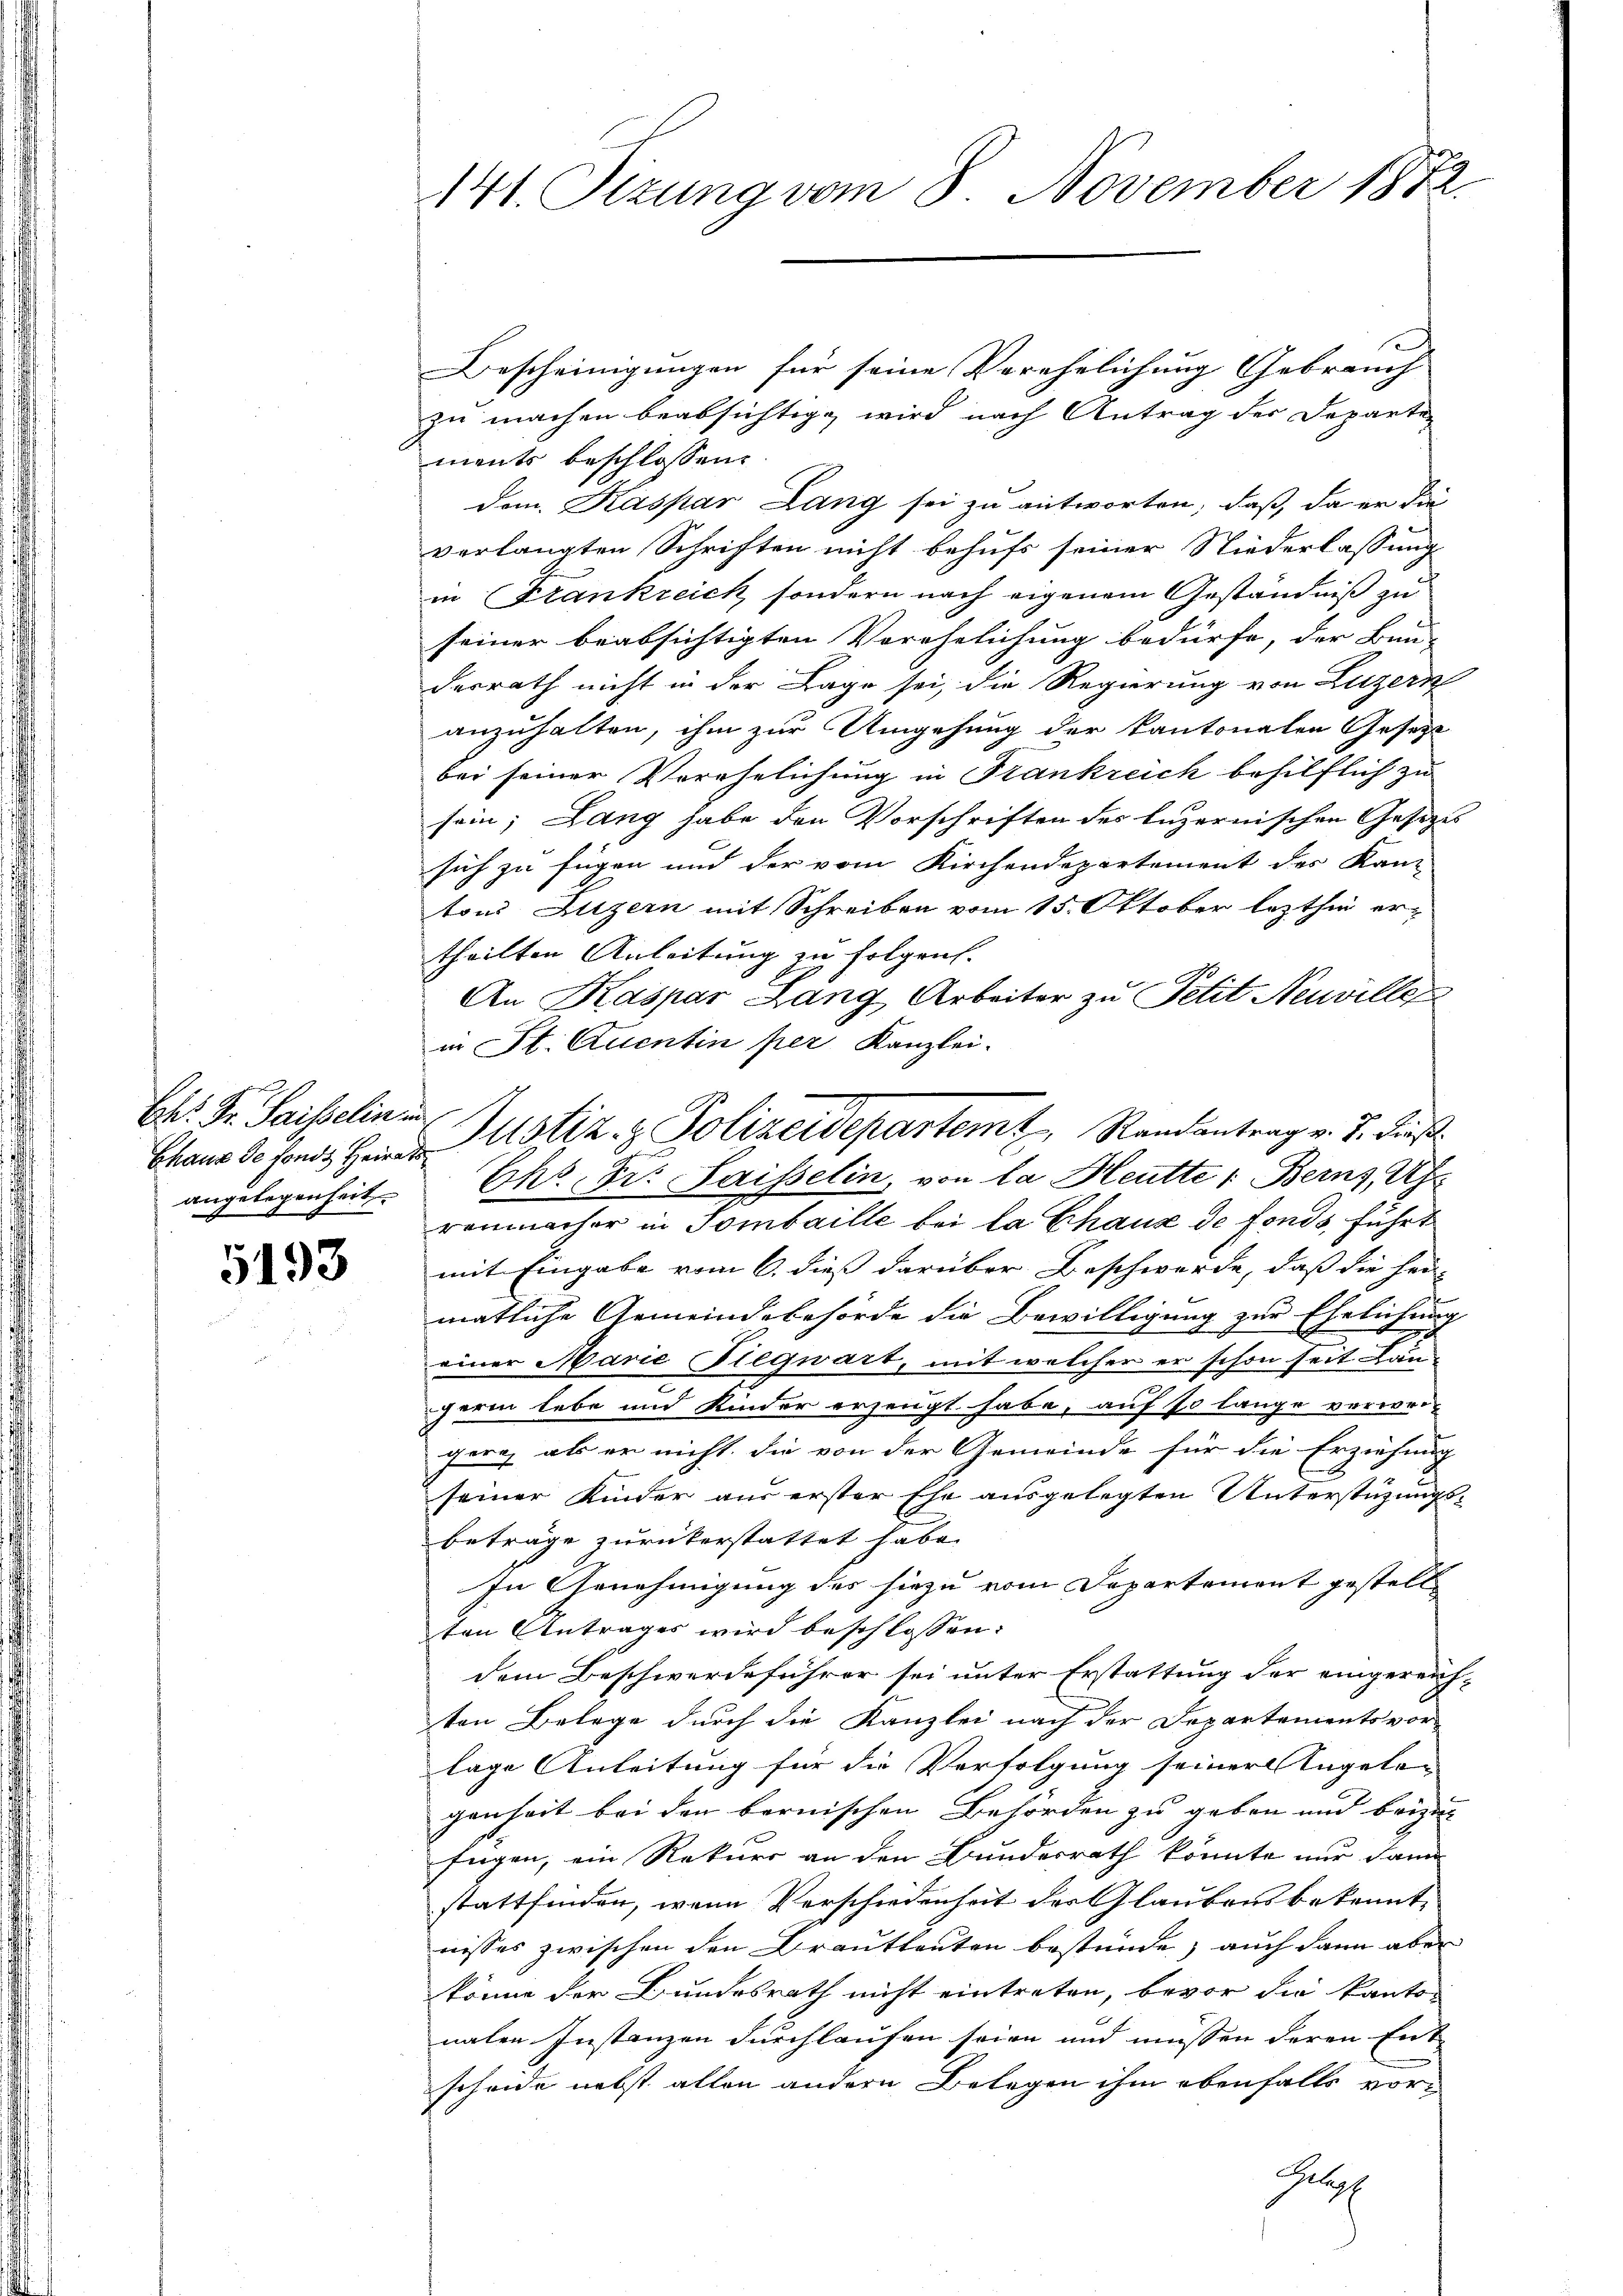
Chr. Dr. Saiselin u.
angelegenheit.

5193

141. Sizung vom 8. November 1872.

Bescheinigungen für seine Verehelichung Gebrauch
zu machen beabsichtigt wird nach Antrag der Departen
ments beschlossen:
dom. Kaspar Lang sei zu antworten, daß da er die
verlangten Schriften nicht behufs seiner Niederlassung
in Krankreich, sondern nach eigenem Geständniß zu
seiner beabsichtigten Verehelichung bedürfe, der Bun-
derrath nicht in der Lage sei, die Regierung von Luzern
anzuhalten, ihm zur Umgehung der kantonalen Gesetz
bei seiner Verehelichung in Frankreich behilflich zu
sein; Lang habe den Vorschriften des Luzernischen Gesetzes
sich zu fügen und der vom Kirchendepartement des Kan-
tons Luzern mit Schreiben vom 15. Oktober lezthin ertheilten Anleitung zu folgen.
An Kaspar Lang Arbeiter zu Petit Neuvillen
in St. Quentin per Kanzlei.
Ehr. Fr. Saisselin, von la Heutter Berns, Uh
renmacher in Sombaille bei la Chaux de fonds, führt
mit Eingabe vom 6. dieß darüber Beschwerde, daß die hei-
matliche Gemeindebehörde die Bewilligung zur Ehelichung
einer Marie Glegwart, mit welcher er schon seit Lauherin lebe und Kinder erzeugt habe, auf so lange verwei
gerg als er nicht, die von der Gemeinde für die Erziehung
seiner Kinder aus erster Ehe ausgelegten Unterstüzungsbeträge zurükerstattet habe.
In Genehmigung des hiezu vom Departement gestellten Antrages wird beschlossen:
dem Beschwerdeführer sei unter Erstattung der eingereich-
ten Belege durch die Kanzlei nach der Departementsvor-
lage Anleitung für die Verfolgung seiner Angelan
genheit bei den bernischen Behörden zu geben und beizun
fügen, ein Rekurs an den Bundesrath könnte nur dann
stattfinden, wenn Vorschiedenheit der Glaubensbekannte
nisses zwischen den Brautleuten bestünde, auch dann aber
könne der Bundesrath nicht eintreten, bevor die kanton
nalen Instanzen durchlaufen seien und müssen deren Ent
scheide nebst allen andern Belegen ihm ebenfalls vor¬
Glef

Chaus de fonds Heide Justiz- & Polizeidepartemt, Randantrag v. J. dies